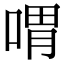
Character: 喟